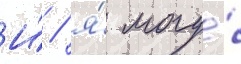
И́ / я́ могу́